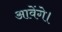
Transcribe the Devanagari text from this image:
आवेंगे।